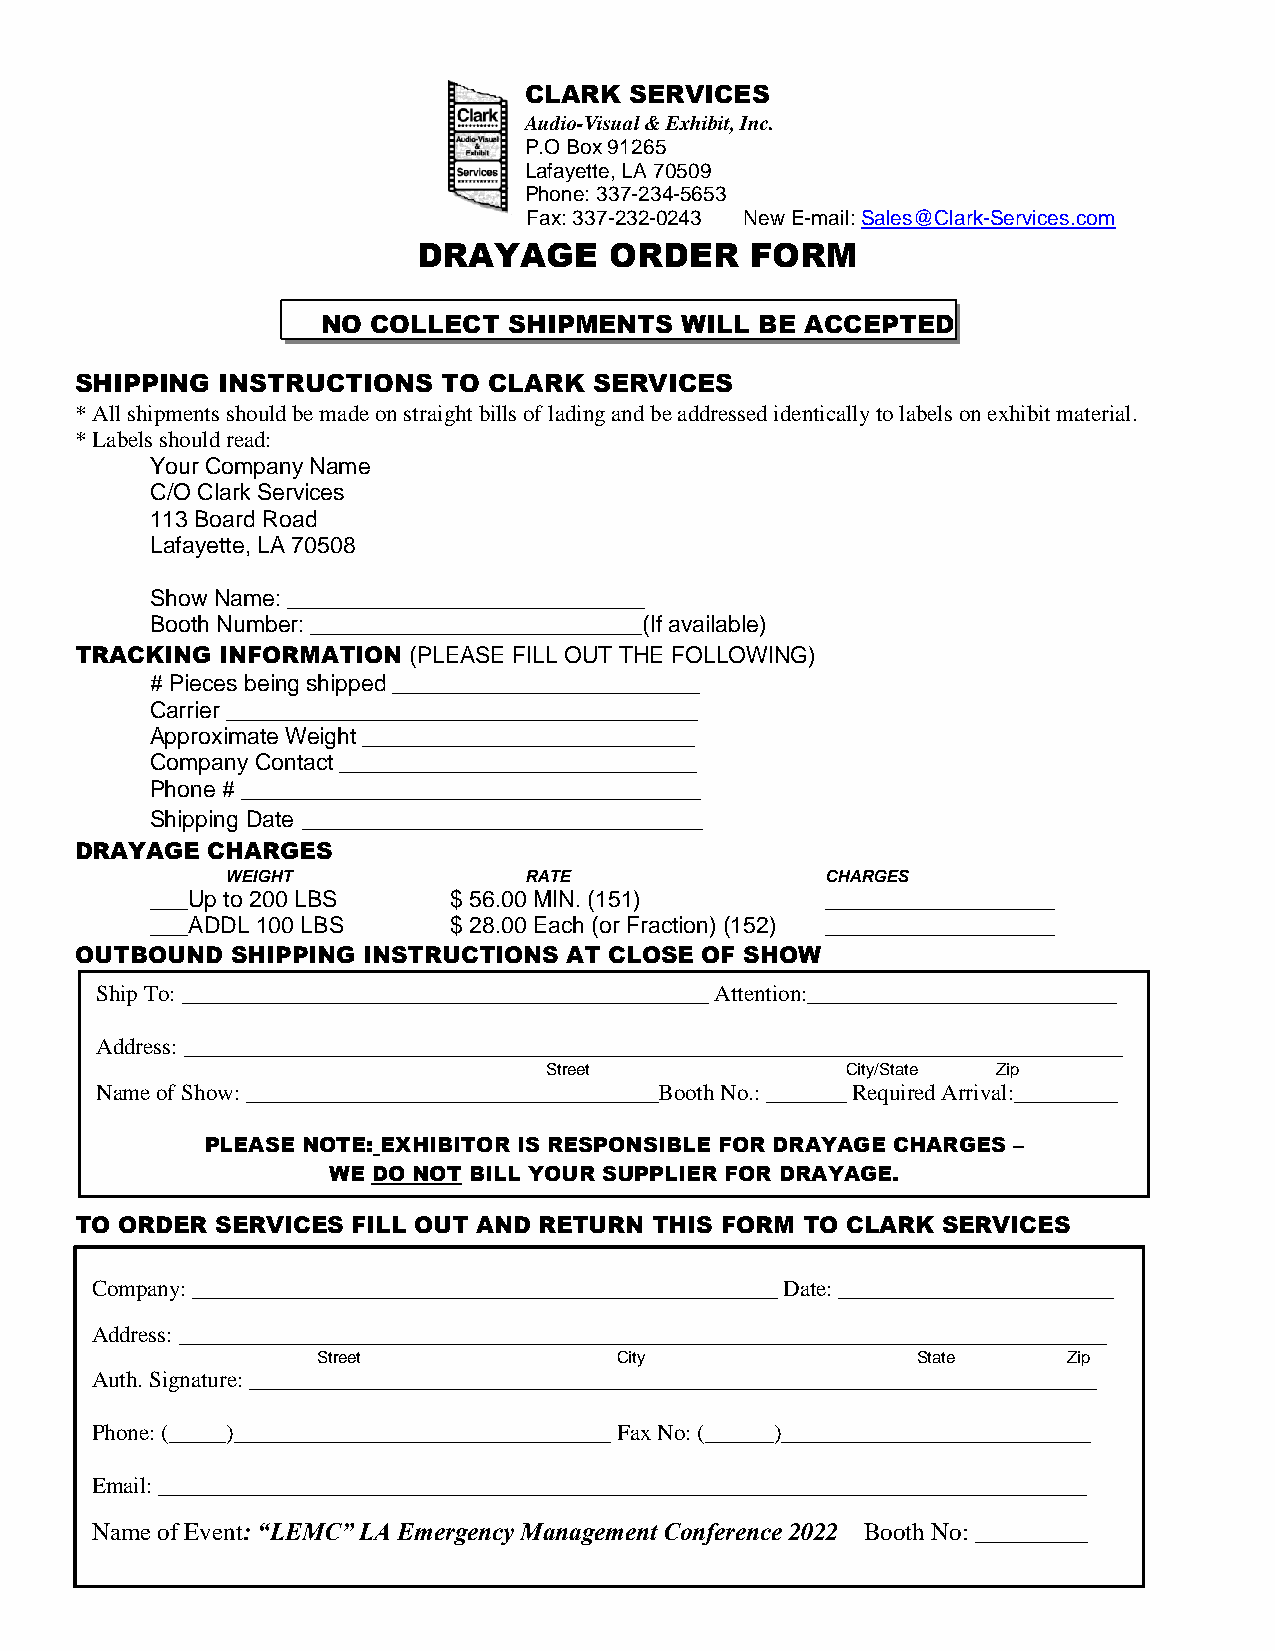
CLARK  SERVICES
 Audio-Visual & Exhibit, Inc.
 P.O Box 91265
 Lafayette, LA 70509
 Phone: 337-234-5653
 Fax: 337-232-0243 New E-mail: Sales@Clark-Services.com
 DRAYAGE     ORDER     FORM
 NO  COLLECT  SHIPMENTS  WILL BE ACCEPTED
 SHIPPING  INSTRUCTIONS  TO CLARK  SERVICES
 * All shipments should be made on straight bills of lading and be addressed identically to labels on exhibit material.
 * Labels should read:
 Your Company Name
 C/O Clark Services
 113 Board Road
 Lafayette, LA 70508
 Show Name: ____________________________
 Booth Number: __________________________(If available)
 TRACKING INFORMATION  (PLEASE FILL OUT THE FOLLOWING)
 # Pieces being shipped ________________________
 Carrier _____________________________________
 Approximate Weight __________________________
 Company Contact ____________________________
 Phone # ____________________________________
 Shipping Date ___________________________________
 DRAYAGE  CHARGES
 WEIGHT              RATE                CHARGES
 ___Up to 200 LBS    $ 56.00 MIN. (151)       __________________
 ___ADDL 100 LBS     $ 28.00 Each (or Fraction) (152) __________________
 OUTBOUND  SHIPPING INSTRUCTIONS AT CLOSE OF SHOW
 Ship To: ______________________________________________ Attention:___________________________
 Address: __________________________________________________________________________________
 Street              City/State Zip
 Name of Show: ____________________________________Booth No.: _______ Required Arrival:_________
 PLEASE NOTE: EXHIBITOR IS RESPONSIBLE FOR DRAYAGE CHARGES –
 WE DO NOT BILL YOUR SUPPLIER FOR DRAYAGE.
 TO ORDER SERVICES FILL OUT AND RETURN THIS FORM TO CLARK SERVICES
 Company: ___________________________________________________ Date: ________________________
 Address: _________________________________________________________________________________
 Street              City                State     Zip
 Auth. Signature: __________________________________________________________________________
 Phone: (_____)_________________________________ Fax No: (______)___________________________
 Email: _________________________________________________________________________________
 Name of Event: “LEMC” LA Emergency Management Conference 2022 Booth No: _________